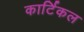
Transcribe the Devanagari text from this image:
कार्टिकल